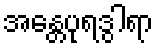
အန္တေပုရဒွါရာ